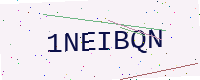
Text: 1NEIBQN